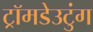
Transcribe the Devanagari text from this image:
ट्रॉमडेउटुंग